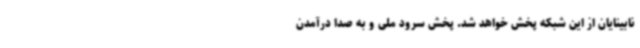
نابینایان از این شبکه پخش خواهد شد. پخش سرود ملی و به صدا درآمدن